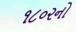
૧૮૦૨નો